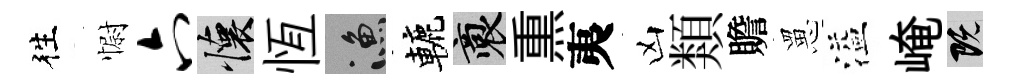
徃𢠢六懷恆漁轆裔𤋱夷凶類贍罳溢崦既